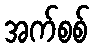
အက်စစ်